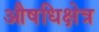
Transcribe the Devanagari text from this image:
औषधिक्षेत्र